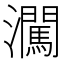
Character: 㶒